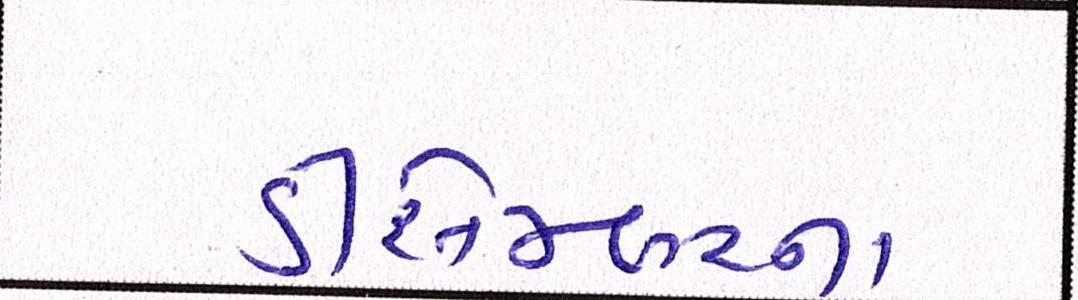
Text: ડીસેમ્બરના